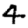
Digit: 4